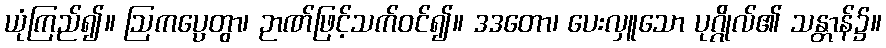
ယုံကြည်၍။ ဩကပ္ပေတွာ၊ ဉာဏ်ဖြင့်သက်ဝင်၍။ ဒဒတော၊ ပေးလှူသော ပုဂ္ဂိုလ်၏ သန္တာန်၌။